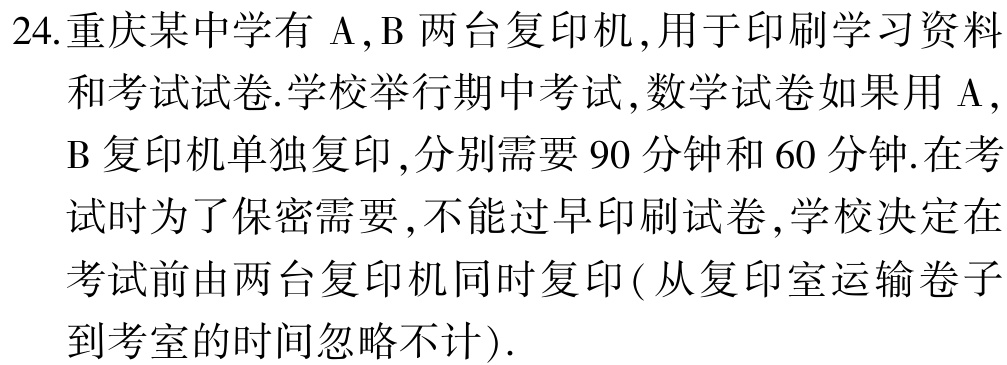
24.重庆某中学有$\mathrm{A},\mathrm{B}$两台复印机,用于印刷学习资料和考试试卷.学校举行期中考试,数学试卷如果用$\mathrm{A},$$\mathrm{B}$复印机单独复印,分别需要$90$分钟和$60$分钟.在考试时为了保密需要,不能过早印刷试卷,学校决定在考试前由两台复印机同时复印(从复印室运输卷子到考室的时间忽略不计).